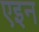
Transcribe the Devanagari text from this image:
एइन